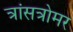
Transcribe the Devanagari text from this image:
त्रांसत्रोमर